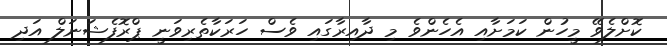
ކޮށްލެވޭ މީހުން ކަމަށާއި އެހެންވެ މި ދާއިރާގައި ވެސް ހަރަކާތެރިވަނީ ޕްރޮފެޝަނަލް އަދި